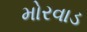
મોરવાડ